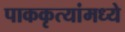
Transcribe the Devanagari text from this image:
पाककृत्यांमध्ये